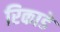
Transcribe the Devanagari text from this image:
रिकाडे